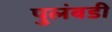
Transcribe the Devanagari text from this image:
पुलंबडी